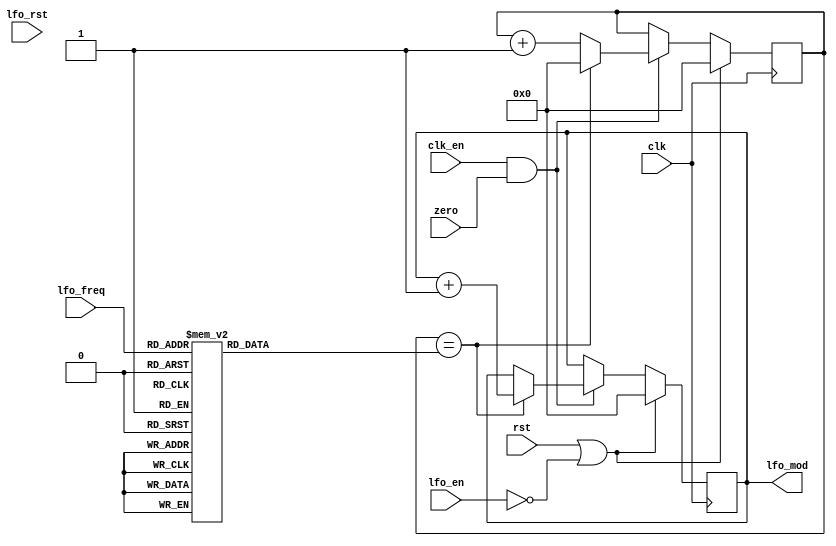
module jt12_lfo(
	input			 	rst,
	input			 	clk,
	input				clk_en,
	input				zero,
	input				lfo_rst,
	input				lfo_en,
	input		[2:0]	lfo_freq,
	output	reg	[6:0]	lfo_mod		// 7-bit width according to spritesmind.net
);

reg [6:0] cnt, limit;

always @(*)
	case( lfo_freq )	// same values as in MAME
		3'd0: limit = 7'd108;
		3'd1: limit = 7'd77;
		3'd2: limit = 7'd71;
		3'd3: limit = 7'd67;
		3'd4: limit = 7'd62;
		3'd5: limit = 7'd44;
		3'd6: limit = 7'd8;
		3'd7: limit = 7'd5;
	endcase

always @(posedge clk) 
	if( rst || !lfo_en )
		{ lfo_mod, cnt } <= 14'd0;
	else if( clk_en && zero) begin
		if( cnt == limit ) begin
			cnt <= 7'd0;
			lfo_mod <= lfo_mod + 1'b1;
		end
		else begin
			cnt <= cnt + 1'b1;
		end
	end
	
endmodule